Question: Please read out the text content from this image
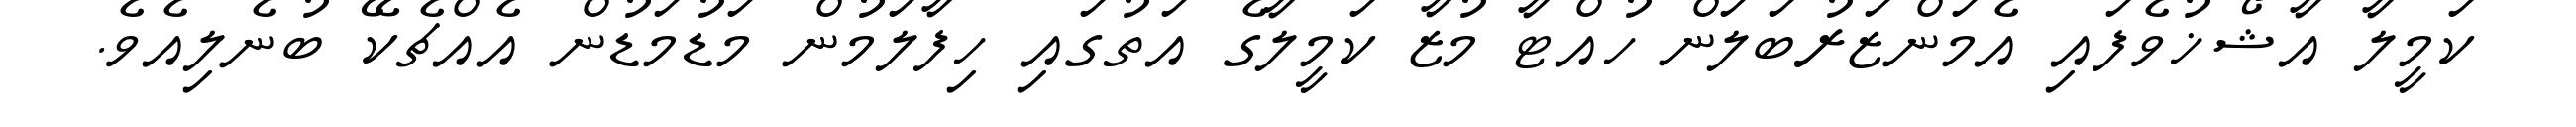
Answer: ކަމީލާ އާޝޯޚުވެފައި އެމަންޒަރުބަލަން ހުއްޓާ މުޒާ ކަމީލާގެ އަތުގައި ހިފާލަމުން މަޑުމަޑުން އެއްޗެކޭ ބުނެލިއެވެ.